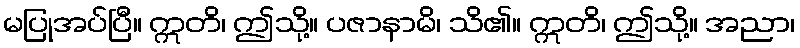
မပြုအပ်ပြီ။ ဣတိ၊ ဤသို့။ ပဇာနာမိ၊ သိ၏။ ဣတိ၊ ဤသို့။ အညာ၊